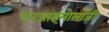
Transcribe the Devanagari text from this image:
एनजाइमोलॉजी